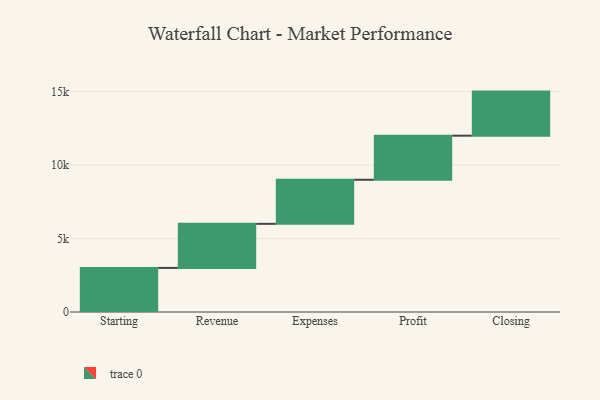
{"axis": {"x": "Step", "y": "Value"}, "legend": [""], "data": [{"x": "Starting", "y": 3000, "type": ""}, {"x": "Revenue", "y": 3000, "type": ""}, {"x": "Expenses", "y": 3000, "type": ""}, {"x": "Profit", "y": 3000, "type": ""}, {"x": "Closing", "y": 3000, "type": ""}]}